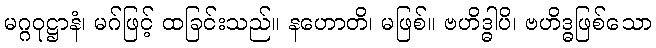
မဂ္ဂဝုဋ္ဌာနံ၊ မဂ်ဖြင့် ထခြင်းသည်။ နဟောတိ၊ မဖြစ်။ ဗဟိဒ္ဓါပိ၊ ဗဟိဒ္ဓဖြစ်သော